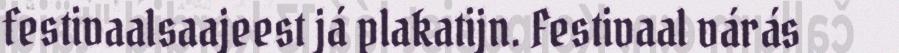
festivaalsaajeest já plakatijn. Festivaal várás